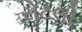
રોટલી